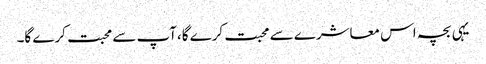
یہی بچہ اس معاشرے سے محبت کرے گا،آپ سے محبت کرے گا۔